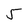
Character: 5